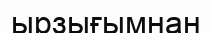
ырзығымнан